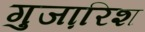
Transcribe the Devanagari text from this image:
गुजा़रिश